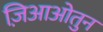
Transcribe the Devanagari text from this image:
ज़िआओतुन